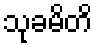
သုခမိတိ